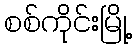
စစ်ကိုင်းမြို့